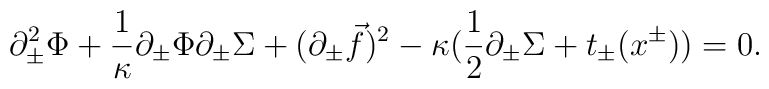
\partial_\pm^2 \Phi + {1 \over \kappa} \partial_\pm \Phi \partial_\pm \Sigma + (\partial_\pm {\vec f})^2 - \kappa \big({1 \over 2} \partial_\pm \Sigma + t_\pm (x^\pm) \big)= 0.